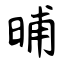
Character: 晡